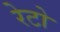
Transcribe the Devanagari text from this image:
रेटो